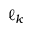
\ell _ { k }